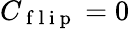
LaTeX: C_{\mathrm{~f~l~i~p~}}=0